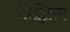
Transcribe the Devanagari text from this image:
सिद्धित्रय